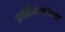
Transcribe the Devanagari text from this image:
प्रवासीसंख्येच्या